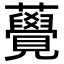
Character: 𧅫